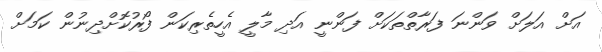
އަށް އަލަށް ވަންނަ ފަރާތްތަކަށް ފަންނީ އަދި މާލީ އެހީތެރިކަން ފޯރުކޮށްދިނުން ކަމަށް